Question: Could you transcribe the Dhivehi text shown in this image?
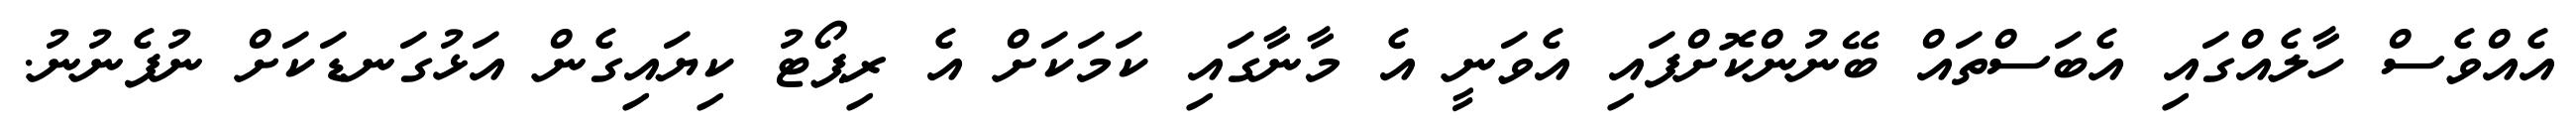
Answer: އެއްވެސް ހާލެއްގައި އެބަސްތައް ބޭނުންކޮށްފައި އެވަނީ އެ މާނާގައި ކަމަކަށް އެ ރިޕޯޓު ކިޔައިގެން އަޅުގަނޑަކަށް ނުފެނުނު.